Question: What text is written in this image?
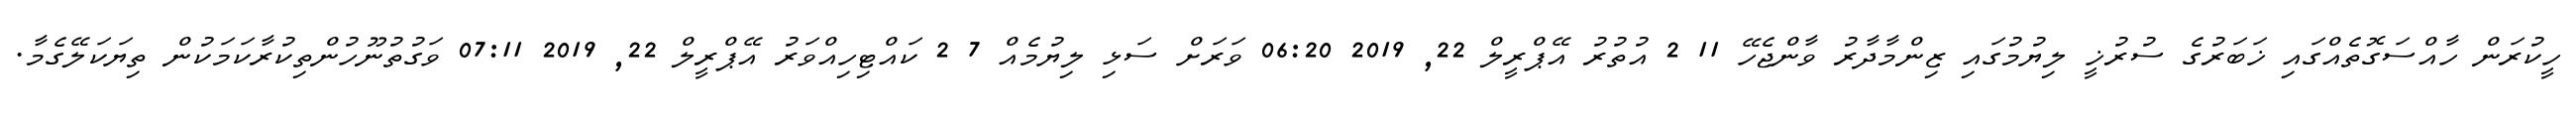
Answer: ހީކުރަން ހާއްސަގޮތެއްގައި ޚަބަރުގެ ސުރުޚީ ލިޔުމުގައި ޒިންމާދާރު ވާންޖެހޭ 11 2 އުތުރު އޭޕްރީލް 22, 2019 06:20 ވަރަށް ސަޅި ލިޔުމެއް 7 2 ކައްޓިހިއްވަރު އޭޕްރީލް 22, 2019 07:11 ވަގުތުނޫހުންތިކުރާކަމަކުން ތިޔަކަލޭގެމާ.